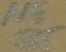
Text: 555